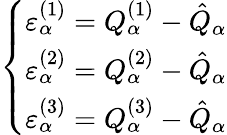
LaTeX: \left\{ \begin{array}{ll}{\varepsilon_{\alpha}^{(1)}=Q_{\alpha}^{(1)}-\hat{Q}_{\alpha}}\\ {\varepsilon_{\alpha}^{(2)}=Q_{\alpha}^{(2)}-\hat{Q}_{\alpha}}\\ {\varepsilon_{\alpha}^{(3)}=Q_{\alpha}^{(3)}-\hat{Q}_{\alpha}}\end{array}\right.